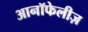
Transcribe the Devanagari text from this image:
आनॉफेलीज़